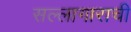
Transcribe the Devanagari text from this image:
सल्लागाराची